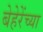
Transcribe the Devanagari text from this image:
बेहेरेंच्या